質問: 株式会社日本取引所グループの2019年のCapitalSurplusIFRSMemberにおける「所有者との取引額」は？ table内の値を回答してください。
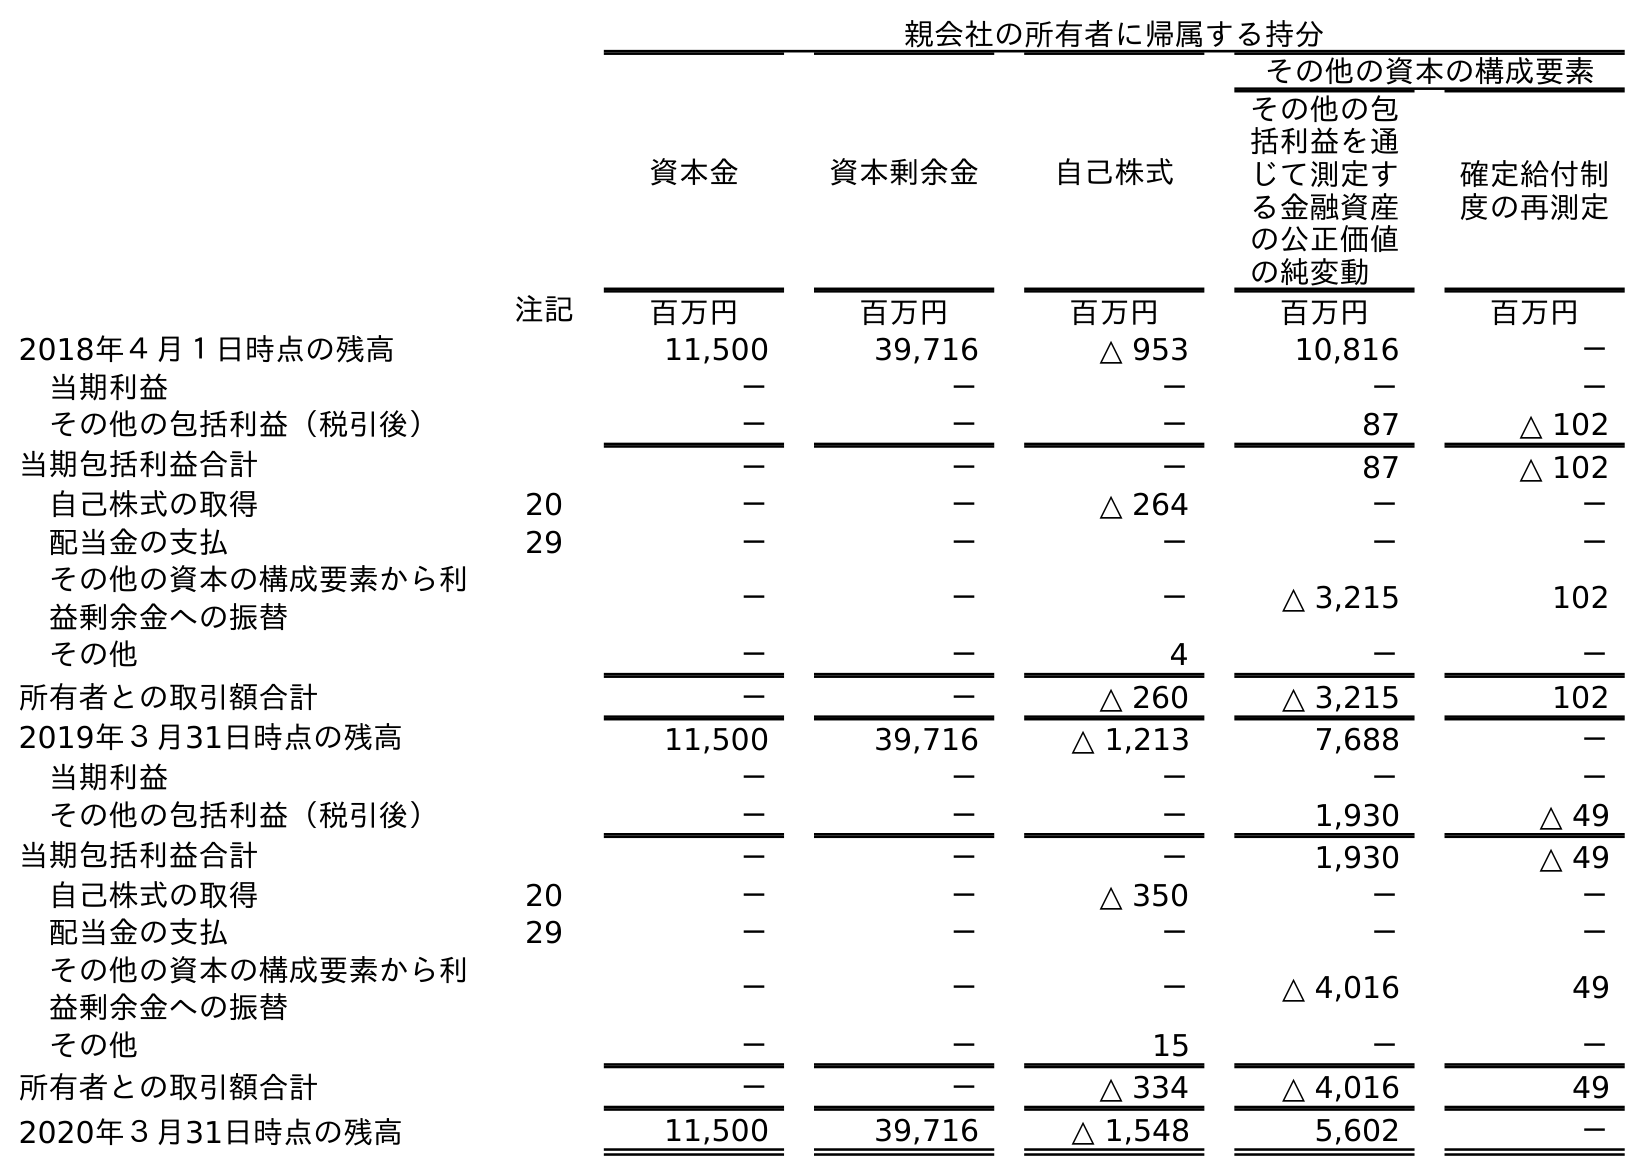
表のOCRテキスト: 親会社の所有者に帰属する持分 資本金 資本剰余金 自己株式 その他の資本の構成要素 その他の包 括利益を通 じて測定す る金融資産 の公正価値 の純変動 確定給付制 度の再測定 注記 百万円 百万円 百万円 百万円 百万円 2018年４月１日時点の残高 11,500 39,716 △ 953 10,816 － 当期利益 － － － － － その他の包括利益（税引後） － － － 87 △ 102 当期包括利益合計 － － － 87 △ 102 自己株式の取得 20 － － △ 264 － － 配当金の支払 29 － － － － － その他の資本の構成要素から利 益剰余金への振替 － － － △ 3,215 102 その他 － － 4 － － 所有者との取引額合計 － － △ 260 △ 3,215 102 2019年３月31日時点の残高 11,500 39,716 △ 1,213 7,688 － 当期利益 － － － － － その他の包括利益（税引後） － － － 1,930 △ 49 当期包括利益合計 － － － 1,930 △ 49 自己株式の取得 20 － － △ 350 － － 配当金の支払 29 － － － － － その他の資本の構成要素から利 益剰余金への振替 － － － △ 4,016 49 その他 － － 15 － － 所有者との取引額合計 － － △ 334 △ 4,016 49 2020年３月31日時点の残高 11,500 39,716 △ 1,548 5,602 －
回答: －